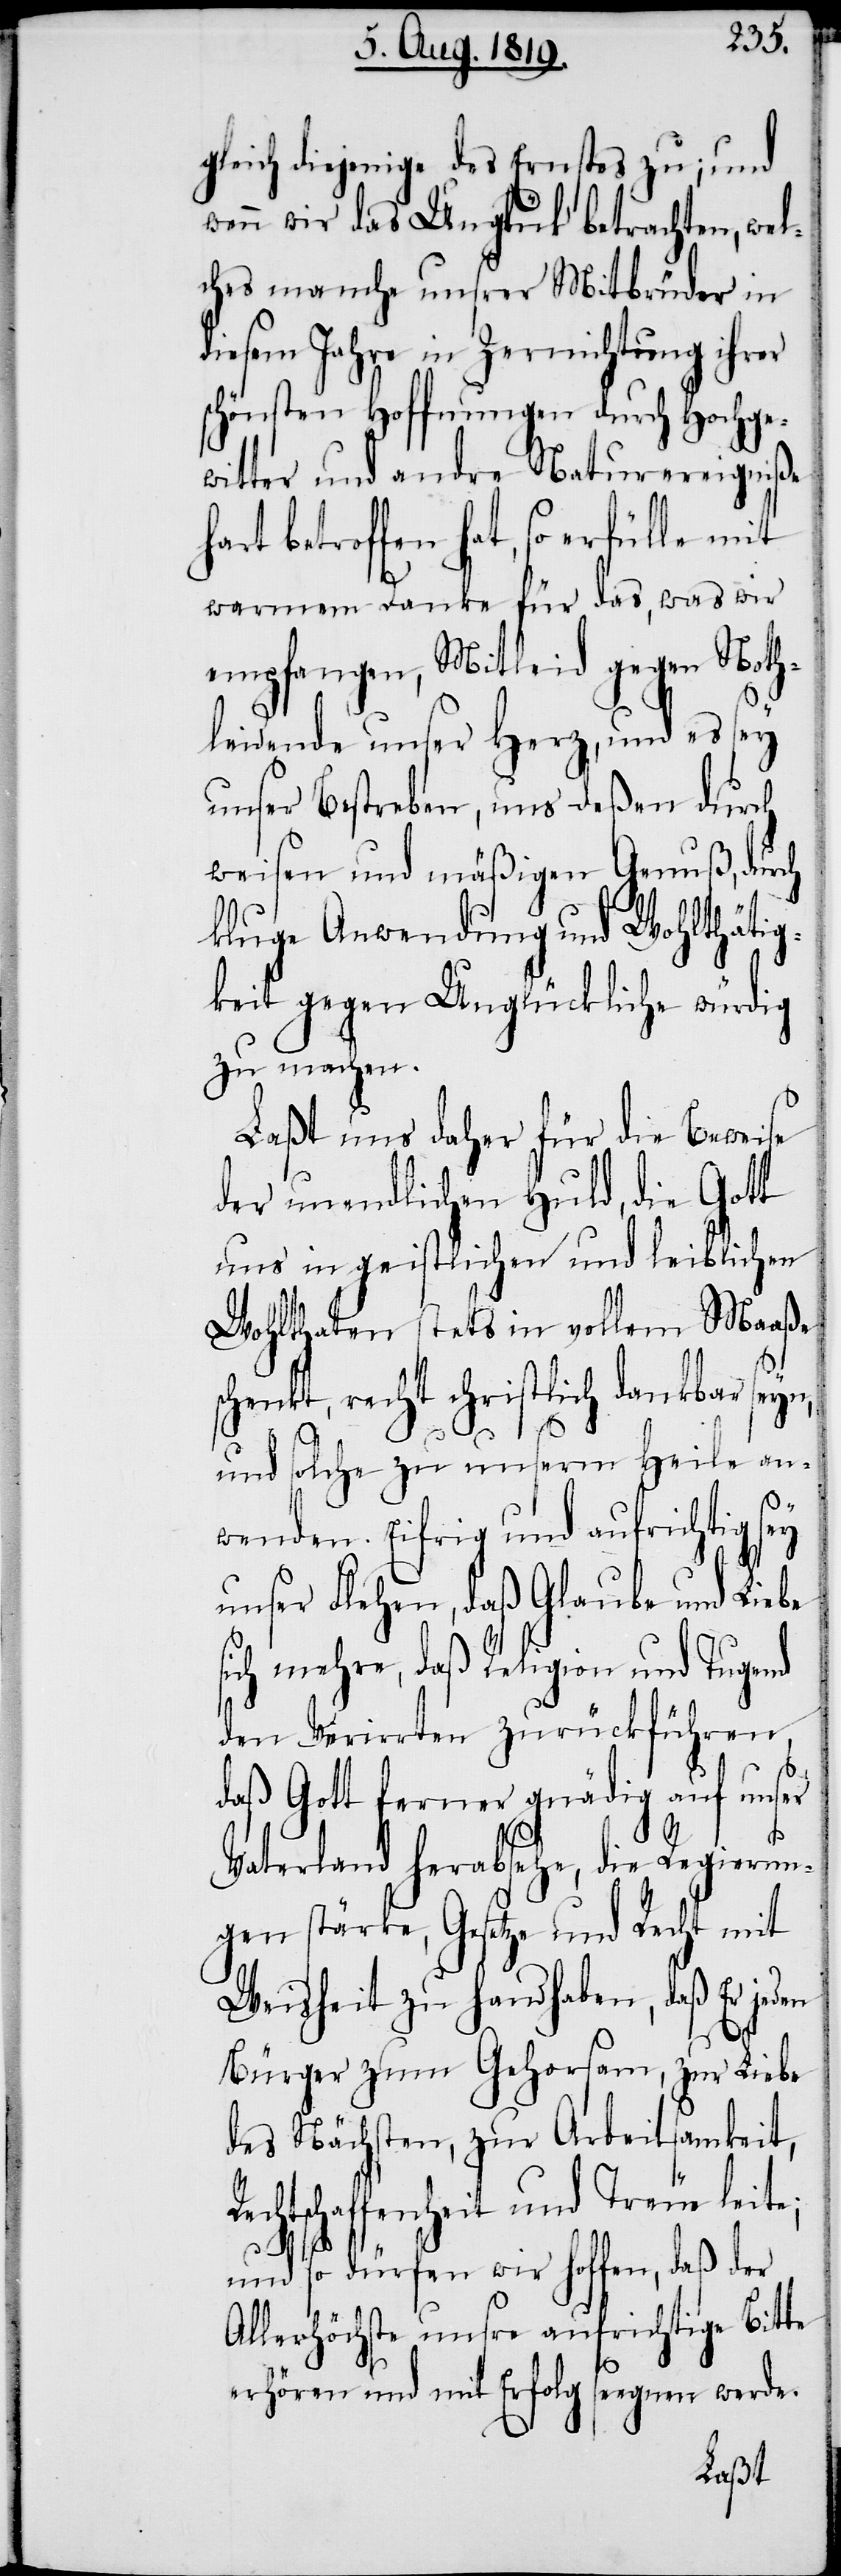
gleich diejenige des Ernstes zu; und
wenn wir das Unglück betrachten, wel¬
ches manche unsrer Mitbrüder in
diesem Jahre in Zernichtung ihrer
schönsten Hoffnungen durch Hochge¬
witter und andre Naturereigniße
warmem Danke für das, was wir
empfangen, Mitleid gegen Noth¬
leidende unser Herz, und es sey
unser Bestreben, uns deßen durch
weisen und mäßigen Genuß, durch
kluge Anwendung und Wohlthätig¬
keit gegen Unglückliche würdig
zu machen.
Laßt uns daher für die Beweise
der unendlichen Huld, die Gott
uns in geistlichen und leiblichen
Wohlthaten stets in vollem Maaße
schenkt, recht christlich dankbar sey¬
und solche zu unserm Heile an¬
wenden. Eifrig und aufrichtig sey
unser Flehen, daß Glaube und Liebe
sich mehre, daß Religion und Tugend
den Verirrten zurückführen,
daß Gott ferner gnädig auf unser
Vaterland herabsehe, die Regierun¬
gen stärke, Gesetze und Recht mit
Weisheit zu handhaben, daß Er
Bürger zum Gehorsam, zur Liebe
des Nächsten, zur Arbeitsamkeit,
echtschaffenheit und Treue leite;
R¬
und so dürfen wir hoffen, daß der
Allerhöchste unsre aufrichtige Bitte
erhören und mit Erfolg seegnen werde.